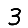
Digit: 3